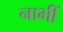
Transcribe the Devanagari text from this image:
नाभीं